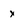
Character: x